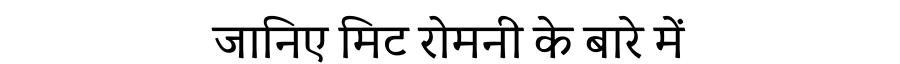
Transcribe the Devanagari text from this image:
जानिए मिट रोमनी के बारे में